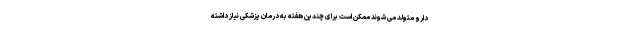
دارو متولد می شوند ممکن است برای چندین هفته به درمان پزشکی نیاز داشته